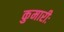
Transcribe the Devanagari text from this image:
कुमारीः